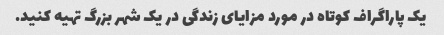
یک پاراگراف کوتاه در مورد مزایای زندگی در یک شهر بزرگ تهیه کنید.